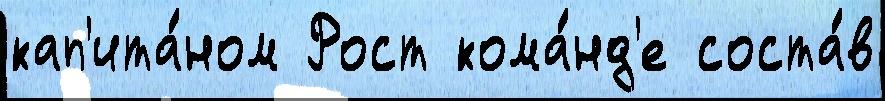
кап'ита́ном Рост кома́нд'е соста́в